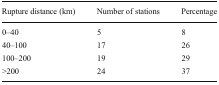
<table><thead><tr><td><b>Rupture distance (km)</b></td><td><b>Number of stations</b></td><td><b>Percentage</b></td></tr></thead><tbody><tr><td>0–40</td><td>5</td><td>8</td></tr><tr><td>40–100</td><td>17</td><td>26</td></tr><tr><td>100–200</td><td>19</td><td>29</td></tr><tr><td>&gt;200</td><td>24</td><td>37</td></tr></tbody></table>